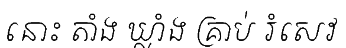
នោះ តាំង ឃ្លាំង គ្រាប់ រំសេវ